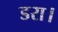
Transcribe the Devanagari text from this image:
डरा।